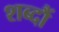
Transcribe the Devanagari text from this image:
शब्दौं